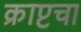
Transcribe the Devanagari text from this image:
क्राप्टचा